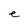
Character: e